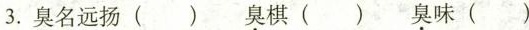
3.臭名远扬()臭棋()臭味()